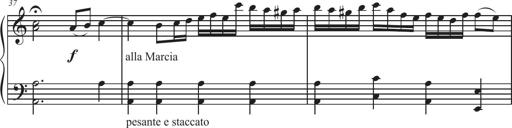
Title: Sonatina Espania
Composer: Jerald Franklin Archer
Key: Various